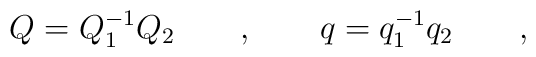
Q=Q_1^{-1} Q_2 \qquad , \qquad q=q_1^{-1} q_2 \qquad ,